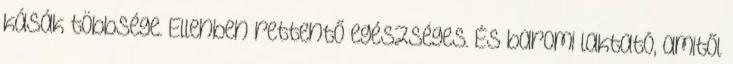
kásák többsége. Ellenben rettentő egészséges. És baromi laktató, amitől